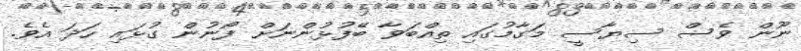
ނޫން ވެސް ސިޔާސީ މަގާމުގައި ތިއްބަވާ ބޭފުޅުންނަށް ފޯނުން ގުޅައި ހަދަ އެވެ.